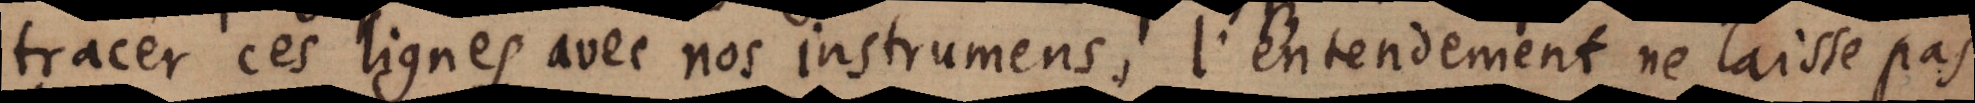
tracer ces lignes avec nos instrumens. I’entendement ne laisse pas